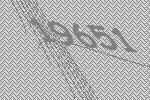
19651